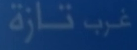
غَربِ تازة